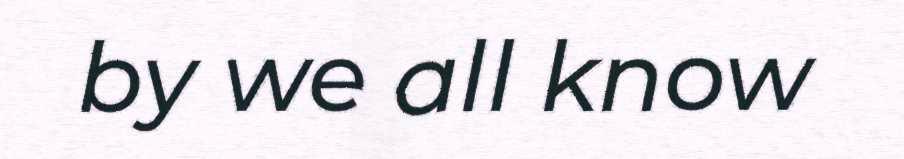
by we all know